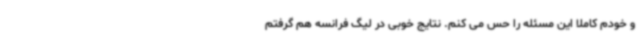
و خودم کاملا این مسئله را حس می کنم. نتایج خوبی در لیگ فرانسه هم گرفتم